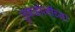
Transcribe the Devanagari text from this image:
तुकडोजींच्या